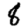
Digit: 8